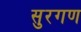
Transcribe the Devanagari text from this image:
सुरगण